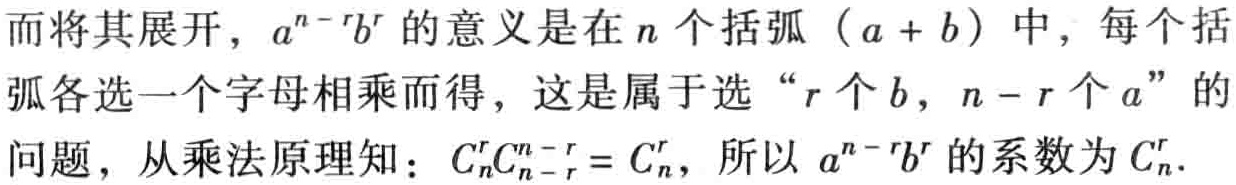
而将其展开，\(a^{n - r}b^{r}\)的意义是在\(n\)个括弧\((a + b)\)中，每个括弧各选一个字母相乘而得，这是属于选“\(r\)个\(b\)，\(n - r\)个\(a\)”的问题，从乘法原理知：\(C_{n}^{r}C_{n - r}^{n - r}=C_{n}^{r}\)，所以\(a^{n - r}b^{r}\)的系数为\(C_{n}^{r}\).